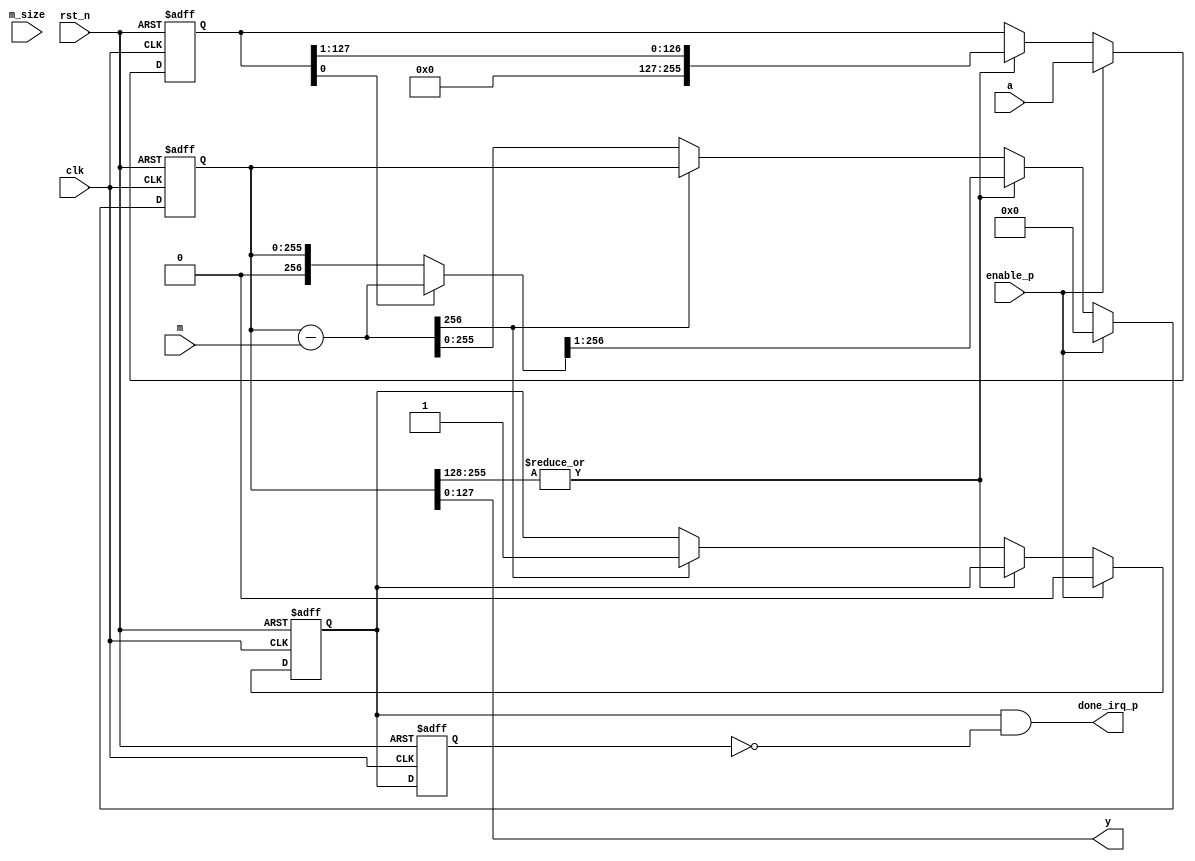
//------------------------------------------------------------
//Input X,Y < p < 2^(k-1)
// with 2^(k-1) < p < 2^n and p = 2t + 1. with t is natural no.
//Output u = X.Y.2^(-k) mod p
//1.  u =0
//2.  for i = 0; i < n; i++ do
//      u = u + xi.Y
//      if u[0] == 1'b1 then
//        u = u + p;
//      end if
//      u = u div 2;
//    end for
//3.  if u >= p then
//      u = u -p
//    end if
//------------------------------------------------------------


module montgomery_red #(
  parameter NBITS = 128,
  parameter PBITS = 0
 ) (
  input               clk,
  input               rst_n,
  input               enable_p,
  input  [2*NBITS-1:0] a,
  input  [NBITS-1 :0] m,
  input  [$clog2(NBITS)-1 :0] m_size,
  output [NBITS-1 :0] y,
  output              done_irq_p
);

//--------------------------------------
//reg/wire declaration
//--------------------------------------

reg  [2*NBITS-1 :0] y_loc;
wire [2*NBITS+1 :0] y_loc_sub_m;
reg  [2*NBITS-1 :0] a_loc;
reg              done_irq_p_loc;
reg              done_irq_p_loc_d;
reg  [$clog2(NBITS)-1 :0] m_size_cnt;

wire  [NBITS-1 :0] b;

wire [2*NBITS+1 :0] y_loc_for_red ;
//--------------------------------------
//a*(2^-n) mod m
//--------------------------------------

assign y_loc_sub_m    = y_loc - m;
assign y_loc_for_red  = (a_loc[0] == 1'b1) ? y_loc_sub_m : y_loc;


always @ (posedge clk or negedge rst_n) begin
  if (rst_n == 1'b0) begin
    y_loc          <= {(2*NBITS){1'b0}};
    a_loc          <= {(2*NBITS){1'b1}};
    done_irq_p_loc <= 1'b0;
  end
  else begin
    if (enable_p == 1'b1) begin
      a_loc          <= a;
      y_loc          <= {(NBITS+1){1'b0}};
      done_irq_p_loc <= 1'b0;
    end
    else if (|y_loc[2*NBITS-1 : NBITS]) begin
      y_loc <= {1'b0, y_loc_for_red[2*NBITS+1 :1]};
      a_loc <= {1'b0, a_loc[NBITS-1 :1]};
    end 
    else begin
      if (y_loc_sub_m[2*NBITS+1] == 1'b0) begin
        y_loc <= y_loc_sub_m;
      end
      else begin
        done_irq_p_loc <= 1'b1;
      end
    end
  end
end

  
  always @ (posedge clk or negedge rst_n) begin
    if (rst_n == 1'b0) begin
      m_size_cnt    <= 12'b0;
    end
    else begin
      if (enable_p == 1'b1) begin
        m_size_cnt    <= m_size;
      end
      else if (|m_size_cnt) begin
        m_size_cnt    <= m_size_cnt-1'b1;//(Ex for 2048 bits, one need to count form 0 to 2047)
      end
    end
  end

  
  always @ (posedge clk or negedge rst_n) begin
    if (rst_n == 1'b0) begin
      done_irq_p_loc_d  <= 1'b0;
    end
    else begin
      done_irq_p_loc_d  <= done_irq_p_loc  ;
    end
  end



  assign done_irq_p =  done_irq_p_loc & ~done_irq_p_loc_d;
  assign y          =  y_loc[NBITS-1 :0];



endmodule